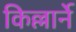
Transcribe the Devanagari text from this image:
किल्लार्ने